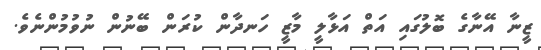
ޒީނާ އޭނާގެ ބޮލުގައި އަތް އަޅާލީ މާޒީ ހަނދާން ކުރަން ބޭނުން ނުވުމުންނެވެ.